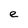
Character: e